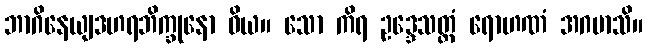
ဘာဂိနေယျဒဟရဘိက္ခုနော ဝိယ။ သော ကိရ ဥဒ္ဒေသတ္ထံ ရောဟဏံ အဂမာသိ။